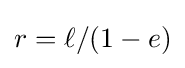
r=\ell /(1-e)